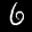
Label: 6